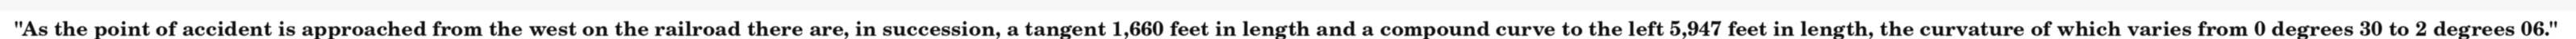
"As the point of accident is approached from the west on the railroad there are, in succession, a tangent 1,660 feet in length and a compound curve to the left 5,947 feet in length, the curvature of which varies from 0 degrees 30 to 2 degrees 06."